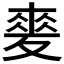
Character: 𡕲